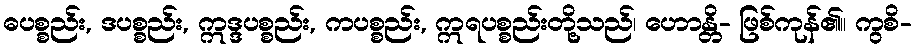
ဓပစ္စည်း, ဒပစ္စည်း, ဣဒ္ဒပစ္စည်း, ကပစ္စည်း, ဣရပစ္စည်းတို့သည်၊ ဟောန္တိ- ဖြစ်ကုန်၏။ ကွစိ-